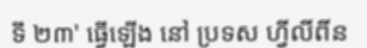
ទី ២៣' ធ្វើឡើង នៅ ប្រទស ហ្វីលីពីន